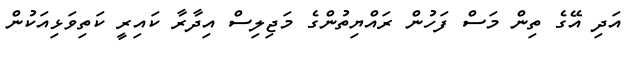
އަދި އޭގެ ތިން މަސް ފަހުން ރައްޔިތުންގެ މަޖިލިސް އިދާރާ ކައިރީ ކަތިވަޅިއަކުން